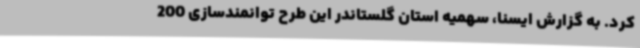
کرد. به گزارش ایسنا، سهمیه استان گلستاندر این طرح توانمندسازی 200